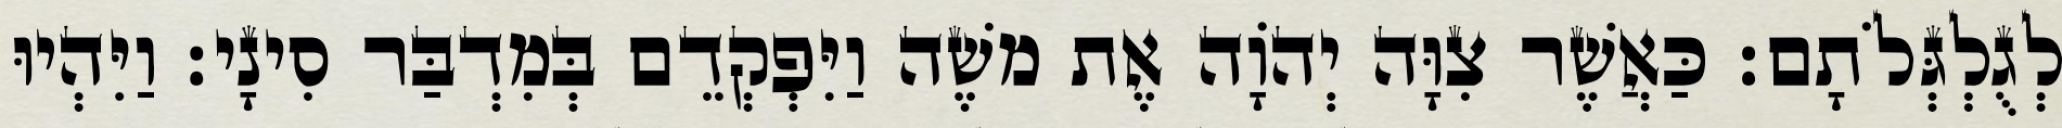
לְגֻלְגְּלֹתָם׃ כַּאֲשֶׁר צִוָּה יְהוָֹה אֶת משֶׁה וַיִּפְקְדֵם בְּמִדְבַּר סִינָי׃ וַיִּהְיוּ